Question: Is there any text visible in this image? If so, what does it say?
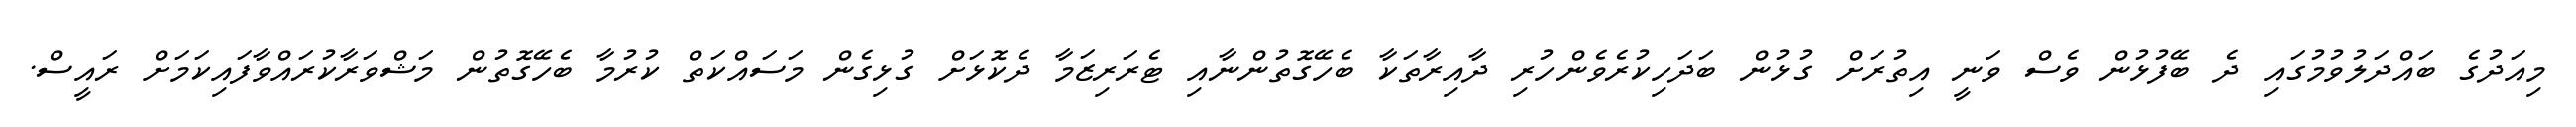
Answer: މިއަދުގެ ބައްދަލުވުމުގައި ދެ ބޭފުޅުން ވެސް ވަނީ އިތުރަށް ގުޅުން ބަދަހިކުރެވެންހުރި ދާއިރާތަކާ ބެހޭގޮތުންނާއި ޓެރަރިޒަމާ ދެކޮޅަށް ގުޅިގެން މަސައްކަތް ކުރުމާ ބެހޭގޮތުން މަޝްވަރާކުރައްވާފައިކަމަށް ރައީސް.